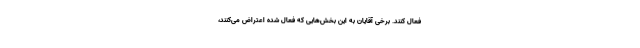
فعال کنند. برخی آقایان به این بخش‌هایی که فعال شده اعتراض می‌کنند،